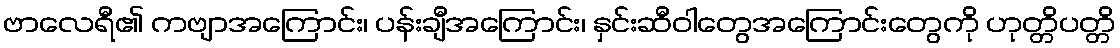
ဗာလေရီ၏ ကဗျာအကြောင်း၊ ပန်းချီအကြောင်း၊ နှင်းဆီဝါတွေအကြောင်းတွေကို ဟုတ္တိပတ္တိ